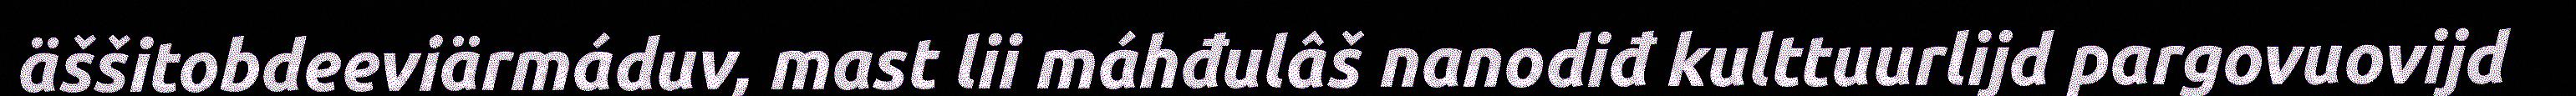
äššitobdeeviärmáduv, mast lii máhđulâš nanodiđ kulttuurlijd pargovuovijd